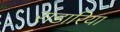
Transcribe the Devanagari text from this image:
राडारिया